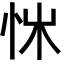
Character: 𢘨